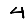
Digit: 4